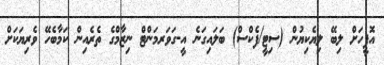
އޮފީހަށް ލިބޭ ލިޔެކިޔުން (ސިޓީ/ފެކްސް) ބަލައިގަނެ އީ-ގަވަރމަންޓް ނިޒާމްގެ ތެރެއިން ކަމާބެހޭ ވެރިޔަކަށް